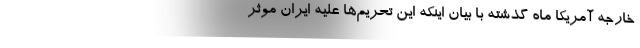
خارجه آمریکا ماه گذشته با بیان اینکه این تحریم‌ها علیه ایران موثر